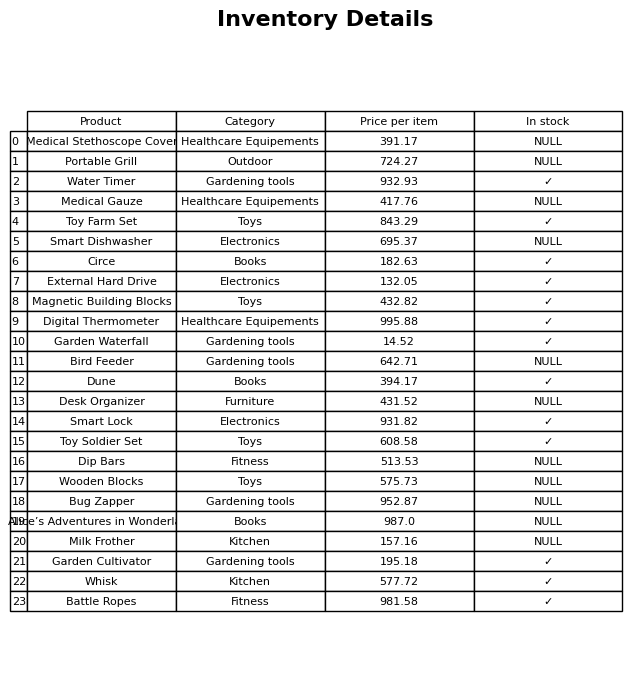
question: What is the price for Medical Gauze?
answer: The price of Medical Gauze is 417.76.